Civil Veterinary Dept. Bombay admin report 1893-99 - 1893-1899
Year: 1893
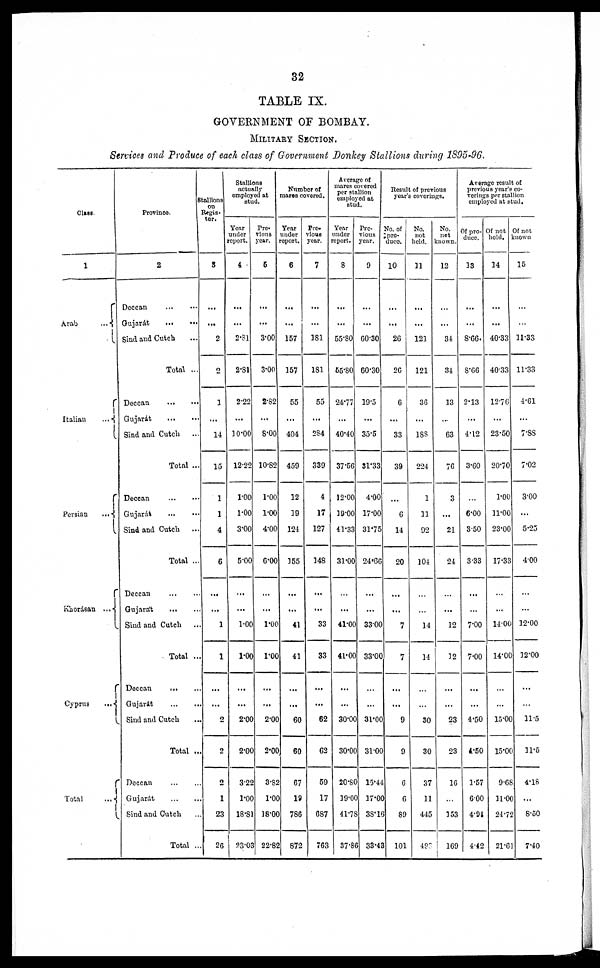
32
TABLE IX.
GOVERNMENT OF BOMBAY.
MILITARY SECTION.
Services and Produce of each class of Government Donkey Stallions during 1895-96.
Class.
1
Arab
...
Italian
...
Persian
...
Khorásan ...
Cyprus
...
Total
...
Province.
2
Deccan
...
...
Gujarát
...
...
Sind and Cutch ...
Total ...
Deccan
...
...
Gujarát
...
...
Sind and Cutch ...
Total ...
Deccan
...
...
Gujarát
...
...
Sind and Cutch ...
Total ...
Deccan
...
...
Gujarát
...
...
Sind and Cutch ...
Total ...
Deccan
...
...
Gujarát
...
...
Sind and Cutch ...
Total ...
Deccan
...
...
Gujarát
...
...
Sind and Cutch ...
Total ...
Stallions
on
Regis-
ter.
3
...
...
2
2
1
...
14
15
1
1
4
6
...
...
1
1
...
...
2
2
2
1
23
26
Stallions
actually
employed at
stud.
Year
under
report.
4
...
...
2.81
2.81
2.22
...
10.00
12.22
1.00
1.00
3.00
5.00
...
...
1.00
1.00
...
...
2.00
2.00
3.22
1.00
18.81
23.03
Pre¬
vious
year.
5
...
...
3.00
3.00
2.82
...
8.00
10.82
1.00
1.00
4.00
6.00
...
...
1.00
1.00
...
...
2.00
2.00
3.82
1.00
18.00
22.82
Number of
mares covered.
Year
under
report.
6
...
...
157
157
55
...
404
459
12
19
124
155
...
...
41
41
...
...
60
60
67
19
786
872
Pre-
vious
year.
7
...
...
181
181
55
...
284
339
4
17
127
148
...
...
33
33
...
...
62
62
59
17
687
763
Average of
mares covered
per stallion
employed at
stud.
Year
under
report.
8
...
...
55.80
55.80
24.77
...
40.40
37.56
12.00
19.00
41.33
31.00
...
...
41.00
41.00
...
...
30.00
30.00
20.80
19.00
41.78
37.86
Pre-
vious
year.
9
...
...
60.30
60.30
19.5
...
35.5
31.33
4.00
17.00
31.75
24.66
...
...
33.00
33.00
...
...
31.00
31.00
15.44
17.00
38.16
33.43
Result of previous
year's coverings.
No. of
pro-
duce.
10
...
...
26
26
6
...
33
39
...
6
14
20
...
...
7
7
...
...
9
9
6
6
89
101
No.
not
held.
11
...
...
121
121
36
...
188
224
1
11
92
104
...
...
14
14
...
...
30
30
37
11
445
493
No.
not
known.
12
...
...
34
34
13
...
63
76
3
...
21
24
...
...
12
12
...
...
23
23
16
...
153
169
Average result of
previous year's co-
verings per stallion
employed at stud.
Of pro-
duce.
13
...
...
8.66.
8.66
2.13
...
4.12
3.60
...
6.00
3.50
3.33
...
...
7.00
7.00
...
...
4.50
4.50
1.57
6.00
4.94
4.42
Of not
held.
14
...
...
40.33
40.33
12.76
...
23.50
20.70
1.00
11.00
23.00
17.33
...
...
14.00
14.00
...
...
15.00
15.00
9.68
11.00
24.72
21.61
Of not
known
15
...
...
11.33
11.33
4.61
...
7.88
7.02
3.00
...
5.25
4.00
...
...
12.00
12.00
...
...
11.5
11.5
4.18
...
8.50
7.40